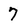
Character: 7